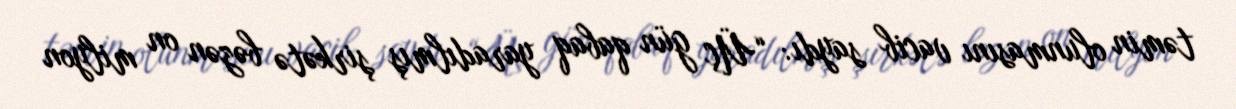
təmin olunmasını vacib saydı: “Üç gün qabaq yaradılmış şirkətə bəzən on milyon